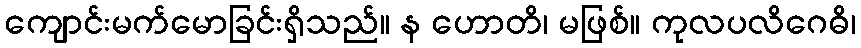
ကျောင်းမက်မောခြင်းရှိသည်။ န ဟောတိ၊ မဖြစ်။ ကုလပလိဂေဓိ၊